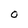
Character: O